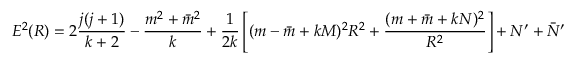
E ^ { 2 } ( R ) = 2 { \frac { j ( j + 1 ) } { k + 2 } } - { \frac { m ^ { 2 } + \bar { m } ^ { 2 } } { k } } + { \frac { 1 } { 2 k } } \left[ ( m - \bar { m } + k M ) ^ { 2 } R ^ { 2 } + { \frac { ( m + \bar { m } + k N ) ^ { 2 } } { R ^ { 2 } } } \right] + N ^ { \prime } + \bar { N } ^ { \prime }